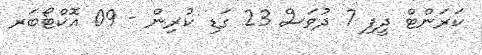
ކަރަންޓް ދީފި 7 ދުވަސް 23 ގަޑި ކުރިން - 09 އޮކްޓޯބަރ